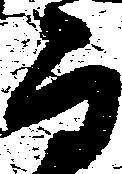
而